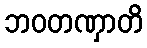
ဘဝတဏှာတိ